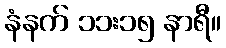
နံနက် ၁၁း၁၅ နာရီ။